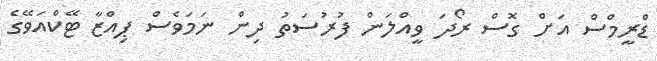
ޑްރީމްސް އަށް ގޮސް ރޯދަ ވީއްލަން ފުރުސަތު ދިން ނަމަވެސް ޕިއްޒާ ޓޭކްއަވޭގެ